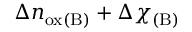
\Delta n _ { \mathrm { o x ( B ) } } + \Delta \chi _ { \mathrm { ( B ) } }